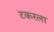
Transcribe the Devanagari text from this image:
टकरला